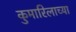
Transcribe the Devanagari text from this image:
कुमारिलाच्या